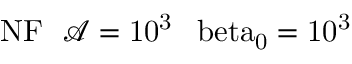
\mathrm { { N F } \: \: \: \mathcal { A } = 1 0 ^ { 3 } \: \: \ b e t a _ { 0 } = 1 0 ^ { 3 } }